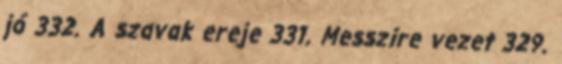
jó 332. A szavak ereje 331. Messzire vezet 329.